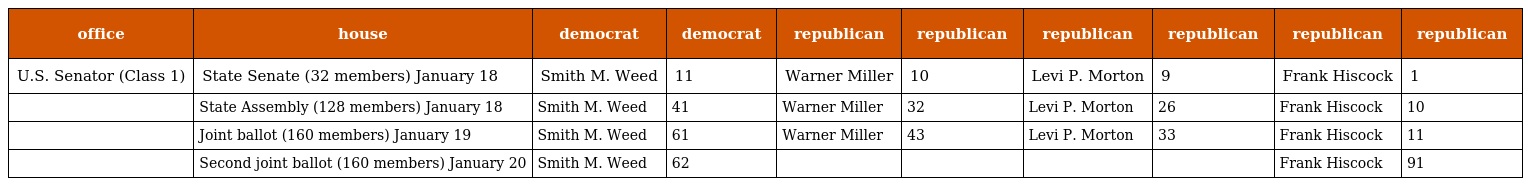
| office | house | democrat | democrat | republican | republican | republican | republican | republican | republican |
 | --- | --- | --- | --- | --- | --- | --- | --- | --- | --- |
 | U.S. Senator (Class 1) | State Senate (32 members) January 18 | Smith M. Weed | 11 | Warner Miller | 10 | Levi P. Morton | 9 | Frank Hiscock | 1 |
 |  | State Assembly (128 members) January 18 | Smith M. Weed | 41 | Warner Miller | 32 | Levi P. Morton | 26 | Frank Hiscock | 10 |
 |  | Joint ballot (160 members) January 19 | Smith M. Weed | 61 | Warner Miller | 43 | Levi P. Morton | 33 | Frank Hiscock | 11 |
 |  | Second joint ballot (160 members) January 20 | Smith M. Weed | 62 |  |  |  |  | Frank Hiscock | 91 |